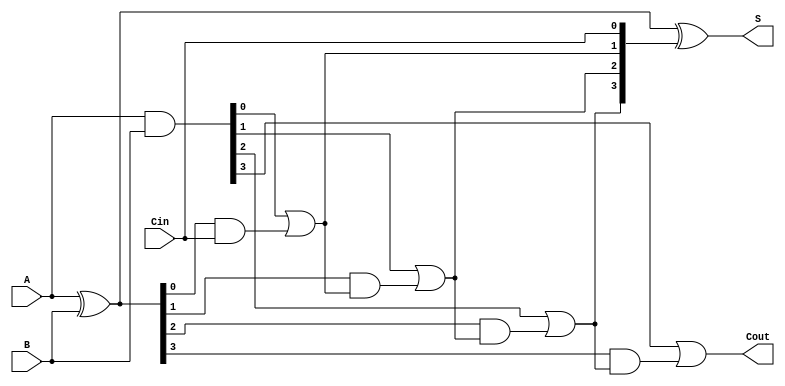
module CLA_4bit(A, B, Cin, S, Cout);
	
	parameter n = 4;
	input [n - 1: 0] A, B;
	input Cin;
	
	output [n - 1: 0] S;
	output Cout;

	wire [3:0] G,P,C;
	
  	assign G = A & B;
	
  	assign P = A ^ B;
	
  	assign C[0] = Cin;
  	assign C[1] = G[0] | (P[0] & C[0]);
  	assign C[2] = G[1] | (P[1] & C[1]);
  	assign C[3] = G[2] | (P[2] & C[2]);
	
  	assign Cout = G[3] | (P[3] & C[3]);
  	assign S = A ^ B ^ C;

endmodule


module Adder_16bit(A, B, Cin, S, Cout);

	parameter n = 16;
	parameter m = 4;

	input [n - 1: 0] A, B;
	input Cin;
	
	output [n - 1: 0] S;
	output Cout;
	
	wire C4, C8, C12;
	wire [m - 1: 0] S0_3, S4_7, S8_11, S12_15;
	assign S = {S12_15, S8_11, S4_7, S0_3};
	
	CLA_4bit cla0(A[3:0], B[3:0], Cin, S0_3, C4);
	CLA_4bit cla1(A[7:4], B[7:4], C4, S4_7, C8);
	CLA_4bit cla2(A[11:8], B[11:8], C8, S8_11, C12);
	CLA_4bit cla3(A[15:12], B[15:12], C12, S12_15, Cout);
	
endmodule


module ALU(A, B, Cin, Mode, Y, Cout, Overflow);

	parameter n = 16;
	parameter m = 4;
	
	input [n - 1: 0] A, B;
	input Cin;
	input [m - 1: 0] Mode;	
	
	output reg [n - 1: 0] Y;
	output reg Cout;
	output reg Overflow;
	
	wire [n - 1:0] Y_Add;
	wire [n - 1:0] Y_Sub;
	wire Cout_Add;
	wire Cout_Sub;
	Adder_16bit add(A, B, Cin, Y_Add, Cout_Add);
	Adder_16bit sub(A, (~B)+1'b1, Cin, Y_Sub, Cout_Sub);
	
	always@(*)begin
		case(Mode)
			//Logical shift A left by 1-bit.
			4'd0: begin
			Y = A << 1'b1;
			Cout = 1'b0;
			Overflow = 1'b0;
			end
			//Arithmetic shift A left by 1-bit.
			4'd1: begin
			Y = A <<< 1'b1;
			Cout = 1'b0;
			Overflow = 1'b0;
			end
			//Logical shift A right by 1-bit.
			4'd2: begin
			Y = A >> 1'b1;
			Cout = 1'b0;
			Overflow = 1'b0;
			end
			//Arithmetic shift A right by 1-bit.
			4'd3: begin
			Y = A >>> 1'b1;
			Y[15] = A[15];
			Cout = 1'b0;
			Overflow = 1'b0;
			end
			//Add two numbers with cla.
			4'd4: begin
			Y = Y_Add;
			Cout = Cout_Add;
			Overflow = (~A[15] & ~B[15] & Y[15]) | (A[15] & B[15] & ~Y[15]);
			end
			//Subtract B from A.
			4'd5: begin
			Y = Y_Sub;
			Cout = Cout_Sub;
			Overflow = (~A[15] & B[15] & Y[15]) | (A[15] & ~B[15] & ~Y[15]);
			end
			//and
			4'd6: begin
			Y = A & B;
			Cout = 1'b0;
			Overflow = 1'b0;
			end
			//or
			4'd7: begin
			Y = A | B;
			Cout = 1'b0;
			Overflow = 1'b0;
			end
			//not A
			4'd8: begin
			Y = ~A;
			Cout = 1'b0;
			Overflow = 1'b0;
			end
			//xor
			4'd9: begin
			Y = A ^ B;
			Cout = 1'b0;
			Overflow = 1'b0;
			end
			//xnor
			4'd10: begin
			Y = ~(A ^ B);
			Cout = 1'b0;
			Overflow = 1'b0;
			end
			//nor
			4'd11: begin
			Y = ~(A | B);
			Cout = 1'b0;
			Overflow = 1'b0;
			end
			//binary to one-hot
			4'd12: begin
			Y = 16'b1 << A[3:0];
			Cout = 1'b0;
			Overflow = 1'b0;
			end
			//A
			4'd13: begin
			Y = A;
			Cout = 1'b0;
			Overflow = 1'b0;
			end
			//B
			4'd14: begin
			Y = B;
			Cout = 1'b0;
			Overflow = 1'b0;
			end
			//find first one from left
			4'd15: begin
			if(A[15] == 1)
				Y = 4'd15;
			else if(A[14] == 1)
				Y = 4'd14;
			else if(A[13] == 1)
				Y = 4'd13;
			else if(A[12] == 1)
				Y = 4'd12;
			else if(A[11] == 1)
				Y = 4'd11;
			else if(A[10] == 1)
				Y = 4'd10;
			else if(A[9] == 1)
				Y = 4'd9;
			else if(A[8] == 1)
				Y = 4'd8;
			else if(A[7] == 1)
				Y = 4'd7;
			else if(A[6] == 1)
				Y = 4'd6;
			else if(A[5] == 1)
				Y = 4'd5;
			else if(A[4] == 1)
				Y = 4'd4;
			else if(A[3] == 1)
				Y = 4'd3;
			else if(A[2] == 1)
				Y = 4'd2;
			else if(A[1] == 1)
				Y = 4'd1;
			else if(A[0] == 1)
				Y = 4'd0;
			Cout = 1'b0;
			Overflow = 1'b0;
			end
			default: begin
			Y = 1'b0;
			Cout = 1'b0;
			Overflow = 1'b0;
			end
		endcase
	end
	
endmodule